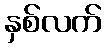
နှစ်လက်